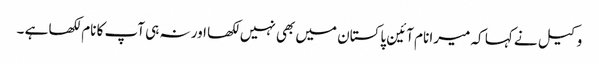
وکیل نے کہا کہ میرا نام آئین پاکستان میں بھی نہیں لکھا اور نہ ہی آپ کا نام لکھا ہے ۔